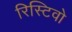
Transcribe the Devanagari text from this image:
रिस्टिवो